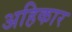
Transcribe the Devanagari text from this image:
अहिकार